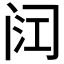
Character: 𮤳